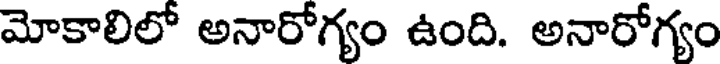
మోకాలిలో అనారోగ్యం ఉంది. అనారోగ్యం